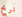
نربح